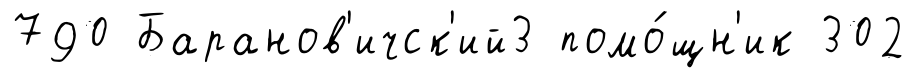
790 Баранов'ичск'ий3 помо́щн'ик 302